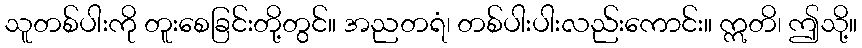
သူတစ်ပါးကို တူးစေခြင်းတို့တွင်။ အညတရံ၊ တစ်ပါးပါးလည်းကောင်း။ ဣတိ၊ ဤသို့။